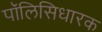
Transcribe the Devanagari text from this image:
पॉलिसिधारक